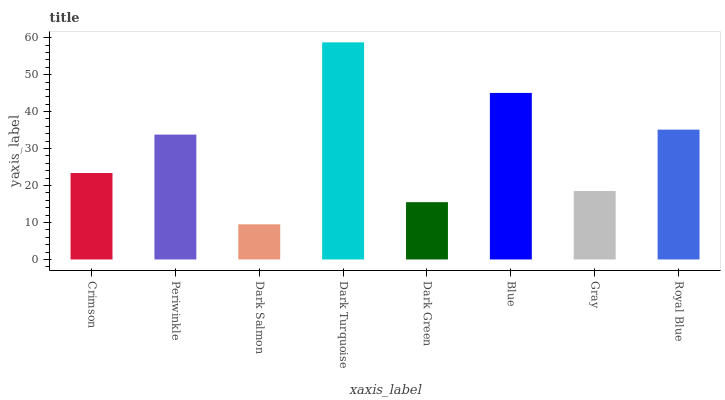
| xaxis_label | bars |
 | --- | --- |
 | Crimson | 23.4 |
 | Periwinkle | 33.8 |
 | Dark Salmon | 9.51 |
 | Dark Turquoise | 58.7 |
 | Dark Green | 15.5 |
 | Blue | 45 |
 | Gray | 18.5 |
 | Royal Blue | 35.1 |